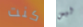
كنت ليس